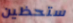
ستحظين